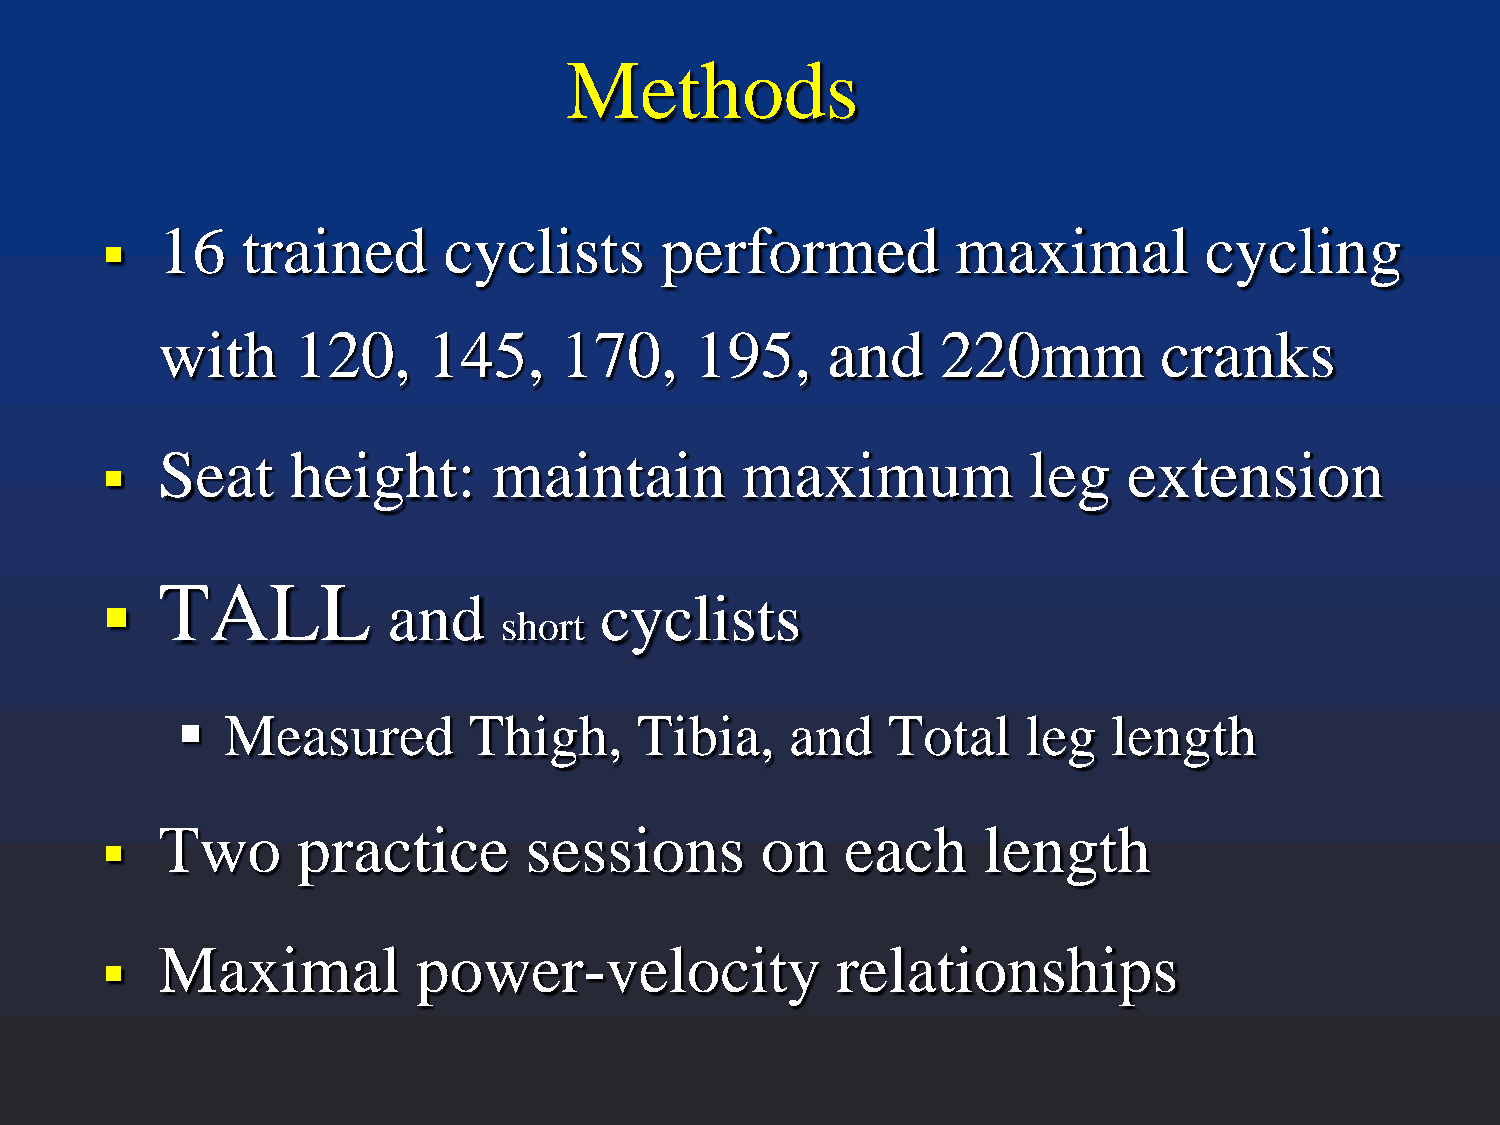
Methods
 16    trained      cyclists       performed          maximal          cycling
 
 with     120,     145,     170,     195,     and    220mm          cranks
 Seat     height:       maintain        maximum            leg    extension
 
 TALL
                   and           cyclists
 short
   Measured        Thigh,     Tibia,    and    Total    leg   length
 Two       practice       sessions       on    each     length
 
 Maximal           power-velocity             relationships
 